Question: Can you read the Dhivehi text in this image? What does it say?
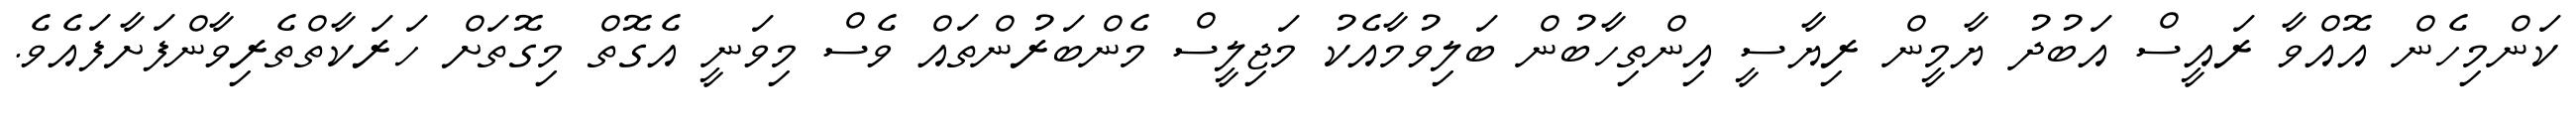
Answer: ކަންމިހެން އޮއްވާ ރައީސް އަބުދު ޔާމީން ރިޔާސީ އިންތިހާބުން ބަލިވުމާއެކު މަޖިލީސް މެންބަރުންތައް ވެސް މިވަނީ އެގޮތް މިގޮތަށް ހަރަކާތްތެރިވާންފަށާފައެވެ.